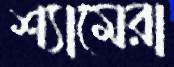
শ্যামেরা